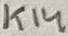
Text: K14